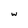
Character: w